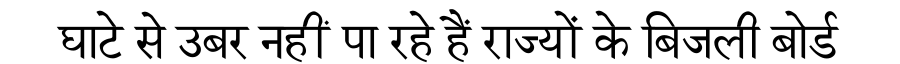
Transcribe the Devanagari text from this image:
घाटे से उबर नहीं पा रहे हैं राज्यों के बिजली बोर्ड